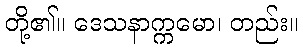
တို့၏။ ဒေသနာက္ကမော၊ တည်း။